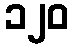
၁၂၀